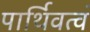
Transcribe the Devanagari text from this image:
पार्थिवत्वं